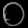
Digit: ၀